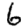
Digit: 6